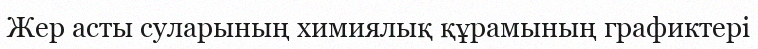
Жер асты суларының химиялық құрамының графиктері